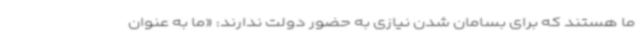
ما هستند که برای بسامان شدن نیازی به حضور دولت ندارند: «ما به عنوان